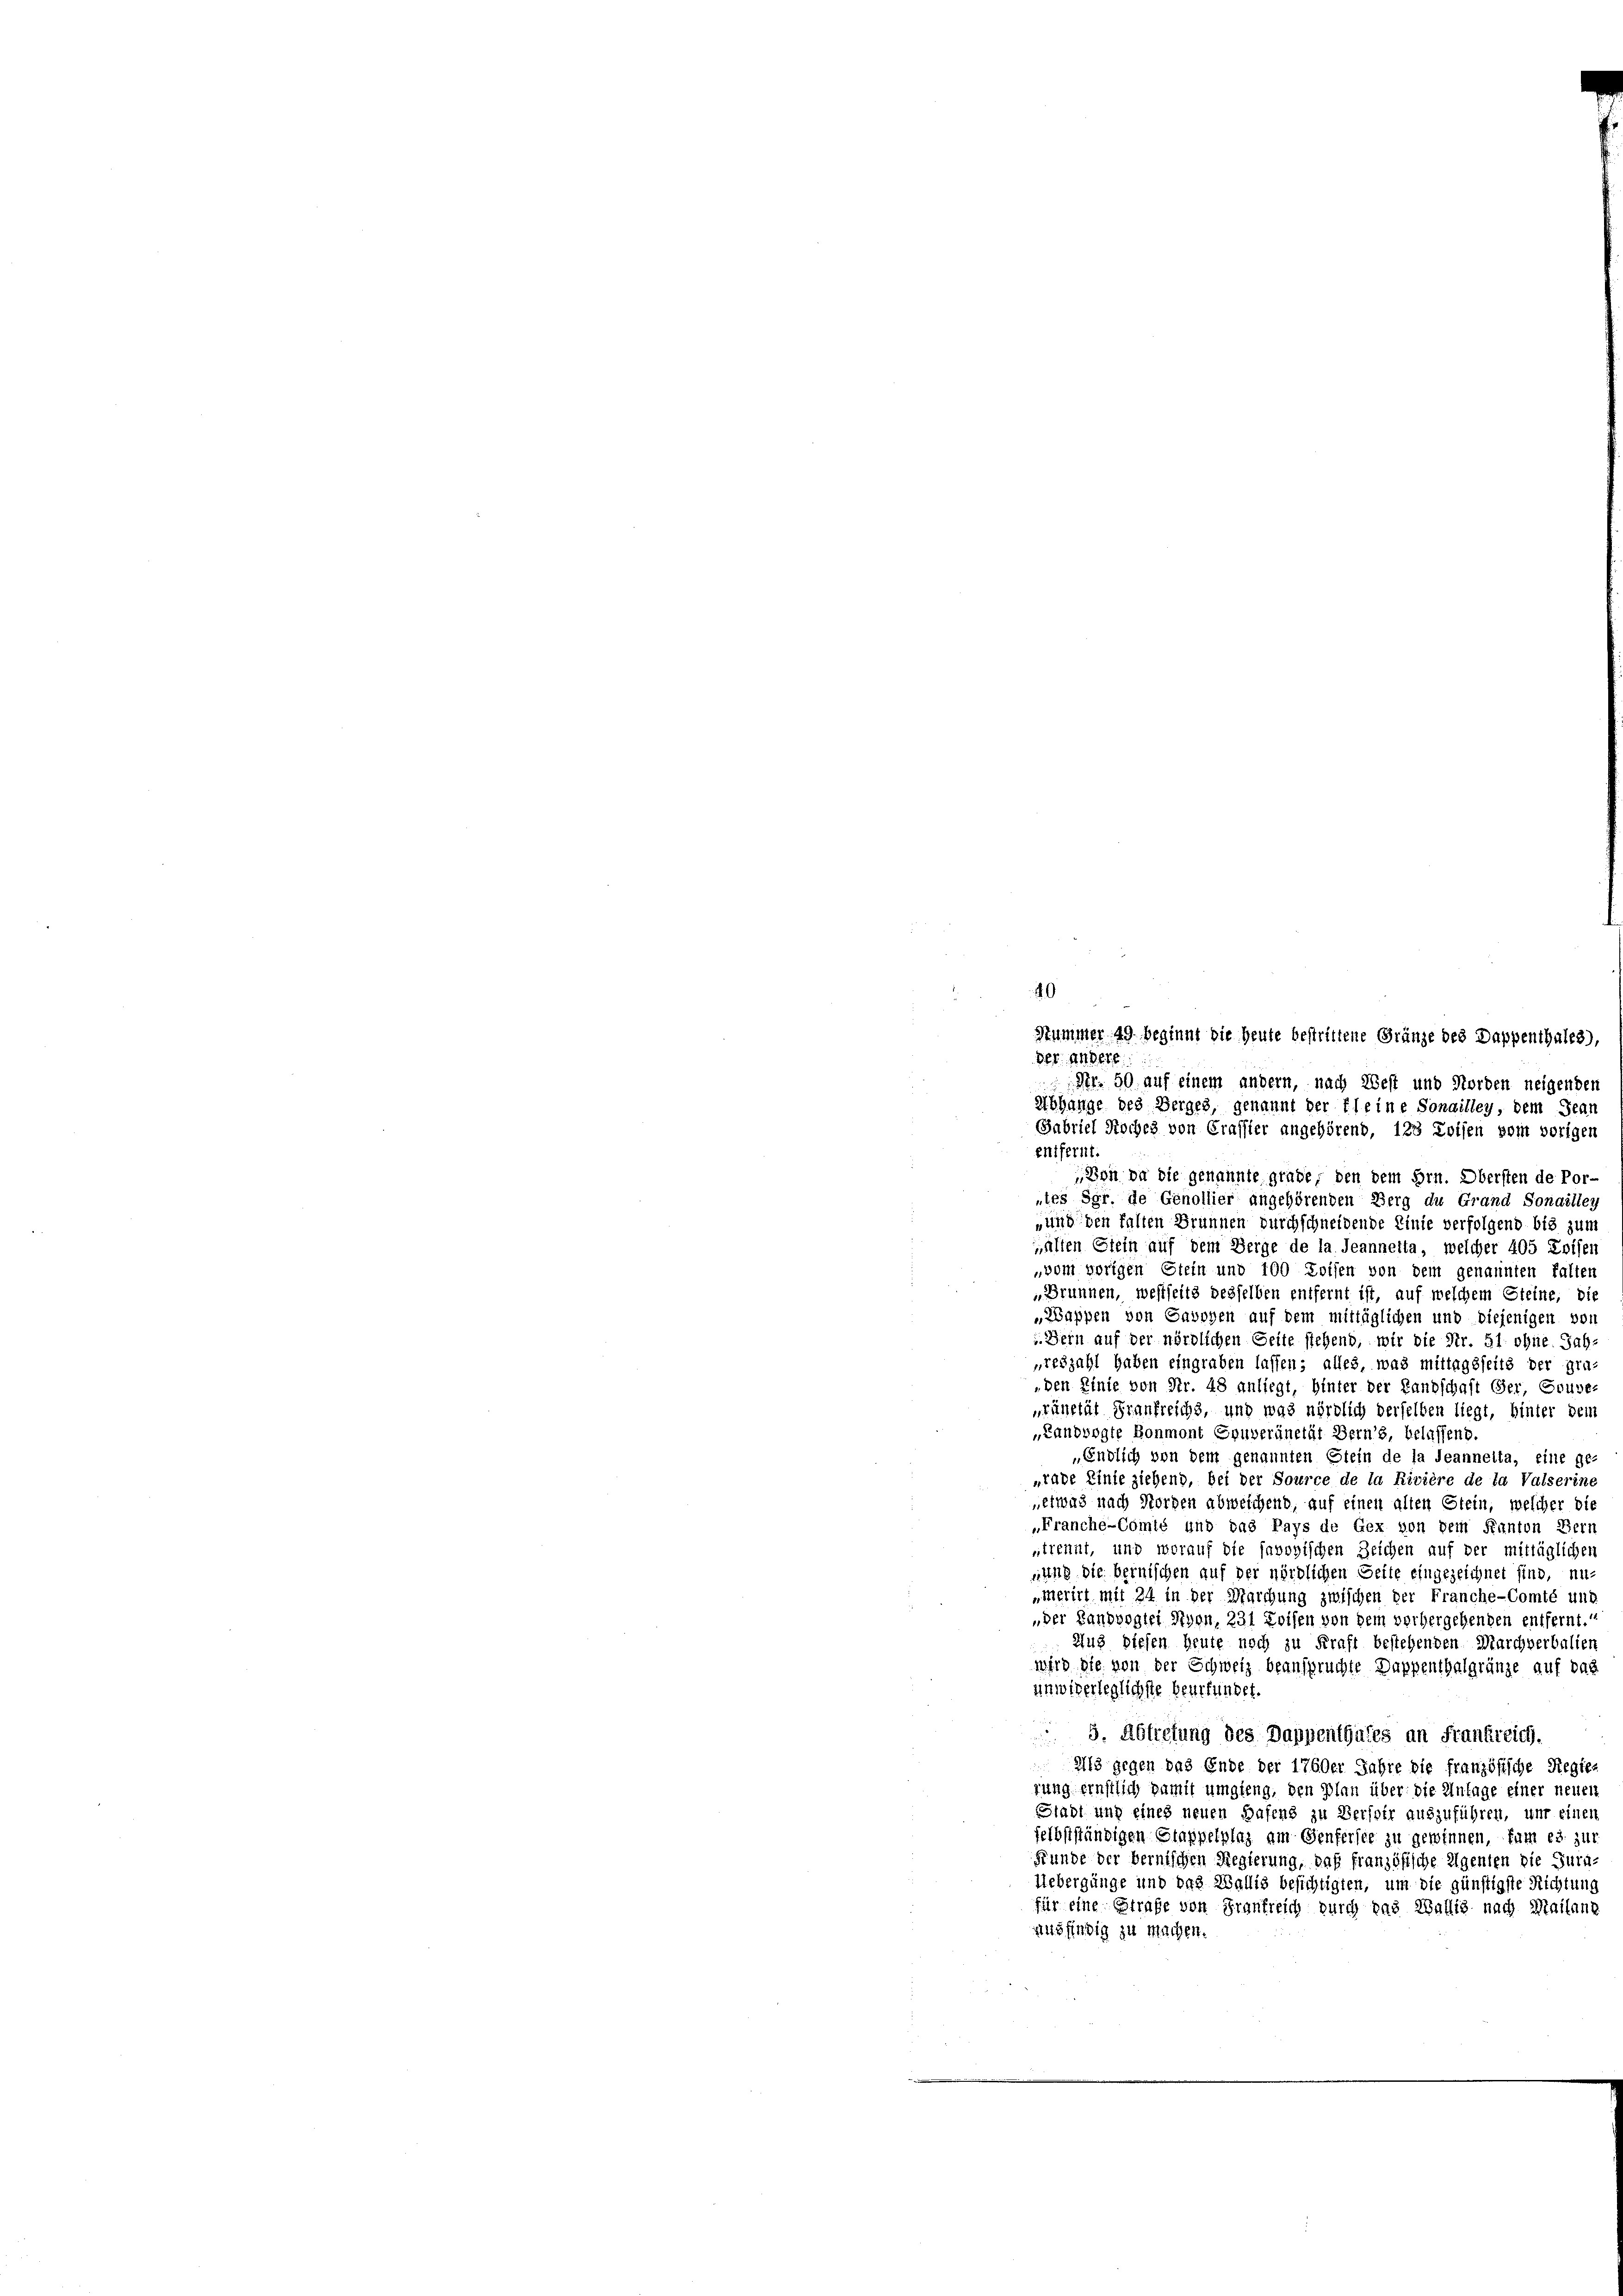
Summer 49 beginnt die Heute bestrittene Gränze des Dappenthales),
der andere
Nr. 50 auf einem andern, nach West und Norden neigenden
u
entfernt
Von da die genannte grade, den dem Hrn. Obersten de Por¬
„les Sgr. de Genollier angehörenden Berg du Grand Sonaittey
„und den halten Brunnen durchschneidende Linie verfolgend bis zum
älten Glein auf dem Berge de la Jeannetta, welcher 405 Loisen
vom vorigen Stein und 100 Zoisen von dem genannten Falten
„Brunnen, westseits desselben entfernt ist, auf welchem Steine, die
„Wappen von Cavoyen auf dem mittäglichen und diejenigen von
v. Bern auf der nördlichen Seite stehend, wir die Nr. 51. ohne. Jahpreszahl haben eingraben lassen; alles, was mittagsseits der gra-
„den Pinie von Nr. 48 anliegt, hinter der Landschaft Ser, Gouve-
rünstät Grankreichs, und was nördlich derselben liegt, hinter dem
„Landvogte Bonmont Souveränetät Berns, belassend.
„Endlich von dem genannten Stein de la deannelta, eine ge-
„rade Linie ziehend, bei der Source de la Rivière de la Valserine
etwas nach Norden abweichend, auf einen alten Stein, welcher die
„Franche-Comté und das Pays de Gex von dem Kanton Bern
strennt, und worauf die savoyischen Zeichen auf der mittäglichen
nung die bernischen auf der nördlichen Seite eingezeichnet sind, un¬
„merirt mit 24 in der Marchung zwischen der Franche-Comté und
der Landvogtei Nyon, 231 Loisen von dem vorhergehenden entfernt.
Aus diesen heute noch zu Kraft bestehenden Marchverbalien
wird die von der Schweiz beanspruchte Dappenthalgränze auf das
unwiderleglichste beurfündet.
 3. Abtretung des Dappenthales an Frankreich.
Ils gegen das Ende der 1760er Jahre die französische Regier
rung ernstlich damit umgieng, den Plan über die Anlage einer neuen
Stadt und eines neuen Hafens zu Verspir auszuführen, und einen
selbstständigen Stappelplaz am Genferste zu gewinnen, kam es zus
Funde der bernischen Regierung, daß französische Eigenten die Jura-
Uebergänge und das Wallis besichtigten, um die günstigste Richtung
für eine Strafe von Frankreich durch das Wallig nach Mailanz
ausfindig zu machen.

49

Abhange des Berges, genannt der fleine Sonailley, dem Jean
Gabriel Roches von Grassier angehörend, 123 Loisen vom vorigen